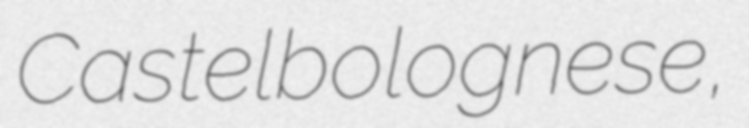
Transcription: Castelbolognese,